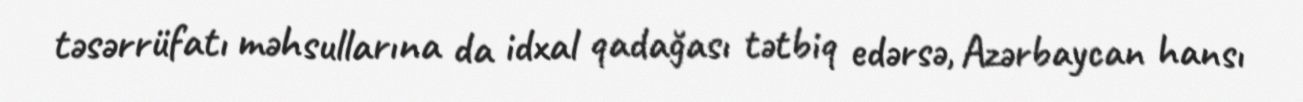
təsərrüfatı məhsullarına da idxal qadağası tətbiq edərsə, Azərbaycan hansı